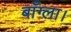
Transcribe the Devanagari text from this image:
बाँग्ला।